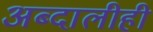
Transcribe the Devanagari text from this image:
अब्दालीही